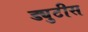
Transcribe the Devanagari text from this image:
ड्युटीस